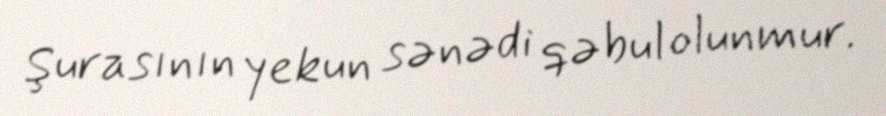
Şurasının yekun sənədi qəbul olunmur.